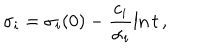
\sigma _ { i } = \sigma _ { i } ( 0 ) - \frac { c _ { i } } { \alpha _ { i } } \ln t \, ,